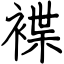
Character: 褋